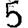
Digit: 5